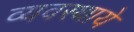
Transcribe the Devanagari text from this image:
व्यवस्थाये